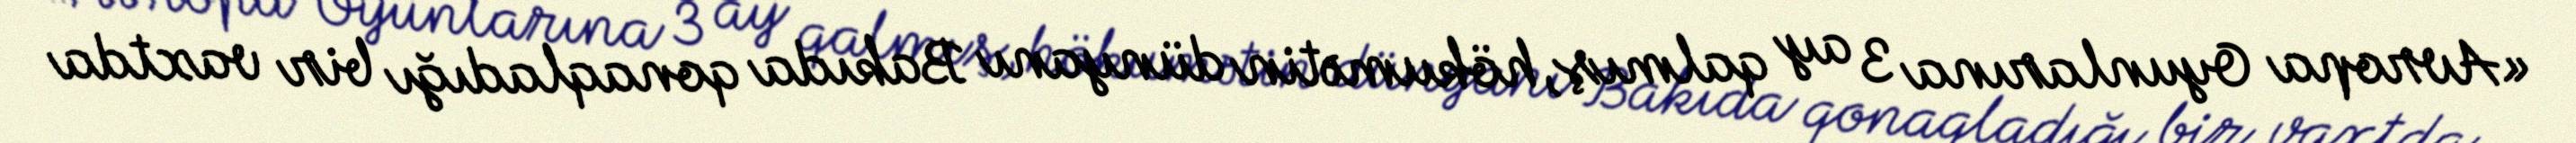
«Avropa Oyunlarına 3 ay qalmış, hökumətin dünyanı Bakıda qonaqladığı bir vaxtda